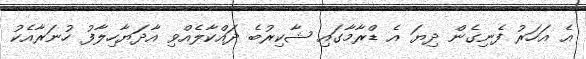
އެ އަހަރު ފެނިގެން ދިޔަ އެ ޑްރާމާގައި ޝާކިރުބެ ދައްކާލެއްވި އާދަޔާހިލާފު ހުނަރާއެކު